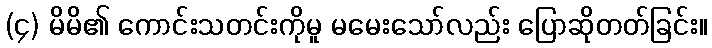
(၄) မိမိ၏ ကောင်းသတင်းကိုမူ မမေးသော်လည်း ပြောဆိုတတ်ခြင်း။